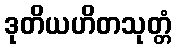
ဒုတိယဟိတသုတ္တံ